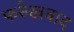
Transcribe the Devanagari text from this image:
फर्रुखबाद